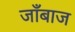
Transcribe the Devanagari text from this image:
जाँबाज